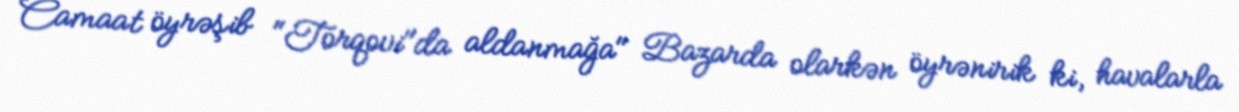
Camaat öyrəşib "Torqovi"da aldanmağa" Bazarda olarkən öyrənirik ki, havalarla